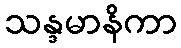
သန္ဒမာနိကာ